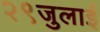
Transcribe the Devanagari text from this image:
२९जुलाई